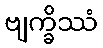
ဗျက္ခိဿံ